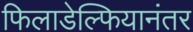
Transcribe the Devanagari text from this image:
फिलाडेल्फियानंतर